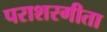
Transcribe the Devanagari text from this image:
पराशरगीता